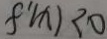
f ^ { \prime } ( x ) < 0